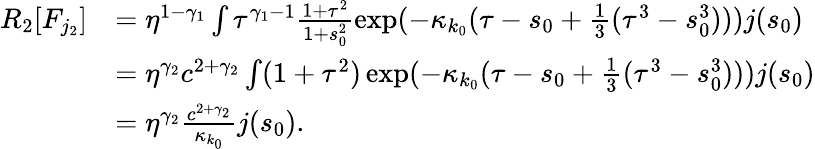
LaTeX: \begin{array}{rl}{R_{2}[F_{j_{2}}]}&{=\eta^{1-\gamma_{1}}\int\tau^{\gamma_{1}-1}\frac{1+\tau^{2}}{1+s_{0}^{2}}\exp(-\kappa_{k_{0}}(\tau-s_{0}+\frac 13(\tau^{3}-s_{0}^{3})))j(s_{0})}\\ &{=\eta^{\gamma_{2}}c^{2+\gamma_{2}}\int(1+\tau^{2})\exp(-\kappa_{k_{0}}(\tau-s_{0}+\frac 13(\tau^{3}-s_{0}^{3})))j(s_{0})}\\ &{=\eta^{\gamma_{2}}\frac{c^{2+\gamma_{2}}}{\kappa_{k_{0}}}j(s_{0}).}\end{array}